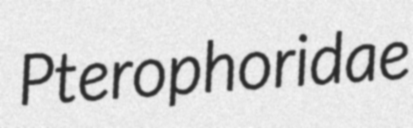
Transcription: Pterophoridae